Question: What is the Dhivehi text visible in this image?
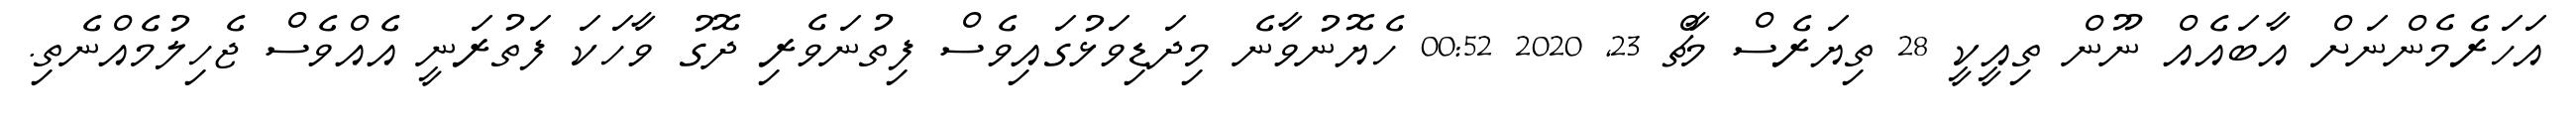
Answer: އަހަރެމެންނަށް އާބައެއް ނޫން ތިއީކީ 28 ތިޔަރެސް މާޗް 23, 2020 00:52 ހެޔޮނުވާނެ މިދަޑިވަޅުގައިވެސް ފިތުނަވެރި ދޮގު ވާހަކަ ފަތުރަނީ އެއްވެސް ޖެހިލުމެއްނެތި.